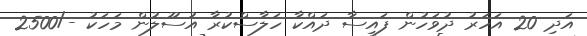
އަދި 20 އަހަރު ދުވަހުން ފައިސާ ދައްކާ ހަލާސްކުރާ އުސޫލުން މަހަކު -/2500